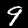
Digit: 9